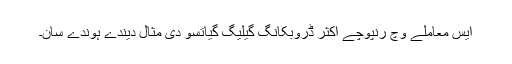
ایس معاملے وچ رنپوچے اکثر ڈروبکانگ گیلیگ گیاتسو دی مثال دیندے ہوندے سان۔